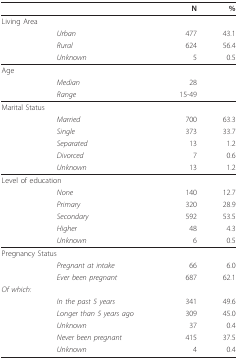
|  |  | N | % |
 | --- | --- | --- | --- |
 | <COLSPAN=2> Living Area |  |  |
 |  | Urban | 477 | 43.1 |
 |  | Rural | 624 | 56.4 |
 |  | Unknown | 5 | 0.5 |
 | <COLSPAN=2> Age |  |  |
 |  | Median | 28 |  |
 |  | Range | 15-49 |  |
 | <COLSPAN=2> Marital Status |  |  |
 |  | Married | 700 | 63.3 |
 |  | Single | 373 | 33.7 |
 |  | Separated | 13 | 1.2 |
 |  | Divorced | 7 | 0.6 |
 |  | Unknown | 13 | 1.2 |
 | <COLSPAN=2> Level of education |  |  |
 |  | None | 140 | 12.7 |
 |  | Primary | 320 | 28.9 |
 |  | Secondary | 592 | 53.5 |
 |  | Higher | 48 | 4.3 |
 |  | Unknown | 6 | 0.5 |
 | <COLSPAN=2> Pregnancy Status |  |  |
 |  | Pregnant at intake | 66 | 6.0 |
 |  | Ever been pregnant | 687 | 62.1 |
 | Of which: |  |  |  |
 |  | In the past 5 years | 341 | 49.6 |
 |  | Longer than 5 years ago | 309 | 45.0 |
 |  | Unknown | 37 | 0.4 |
 |  | Never been pregnant | 415 | 37.5 |
 |  | Unknown | 4 | 0.4 |